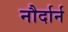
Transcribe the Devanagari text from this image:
नौर्दार्न